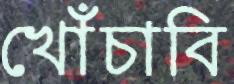
খোঁচাবি